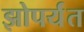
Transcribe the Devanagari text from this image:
झोपर्यंत